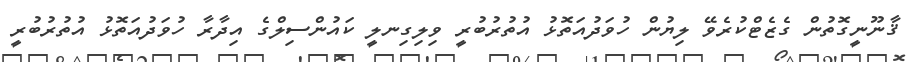
ޤާނޫނީގޮތުން ގެޒެޓްކުރެވޭ ލިޔުން ހުވަދުއަތޮޅު އުތުރުބުރީ ވިލިގިނލީ ކައުންސިލްގެ އިދާރާ ހުވަދުއަތޮޅު އުތުރުބުރީ